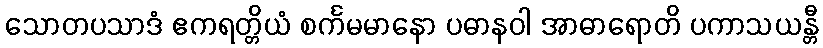
သောတပသာဒံ ဧကရတ္တိယံ စင်္ကမမာနော ပဓာနဝါ အာဓာရောတိ ပကာသယန္တီ